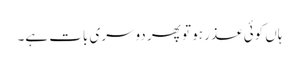
ہاں کوئی عذر ہو تو پھر دوسری بات ہے۔